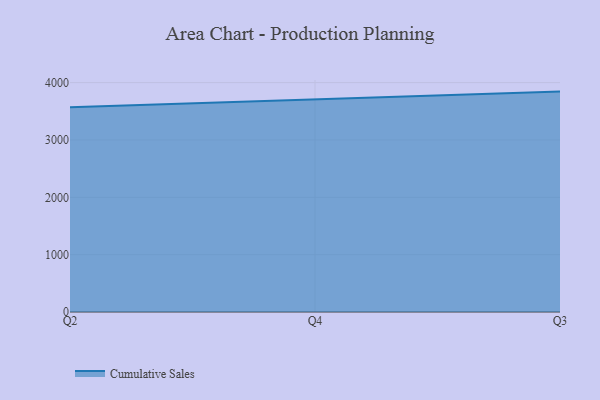
{"axis": {"x": "Quarter", "y": "Active Users"}, "legend": ["Cumulative Sales"], "data": [{"x": "Q2", "y": 3571.4, "type": "Cumulative Sales"}, {"x": "Q4", "y": 3701.3, "type": "Cumulative Sales"}, {"x": "Q3", "y": 3843.0, "type": "Cumulative Sales"}]}